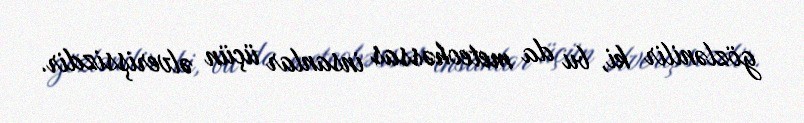
gözlənilir ki, bu da meteohəssas insanlar üçün əlverişsizdir.